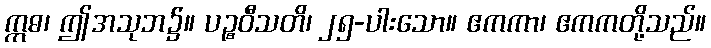
ဣဓ၊ ဤအသုဘ၌။ ပဉ္စဝီသတိ၊ ၂၅-ပါးသော။ ဧကကာ၊ ဧကကတို့သည်။